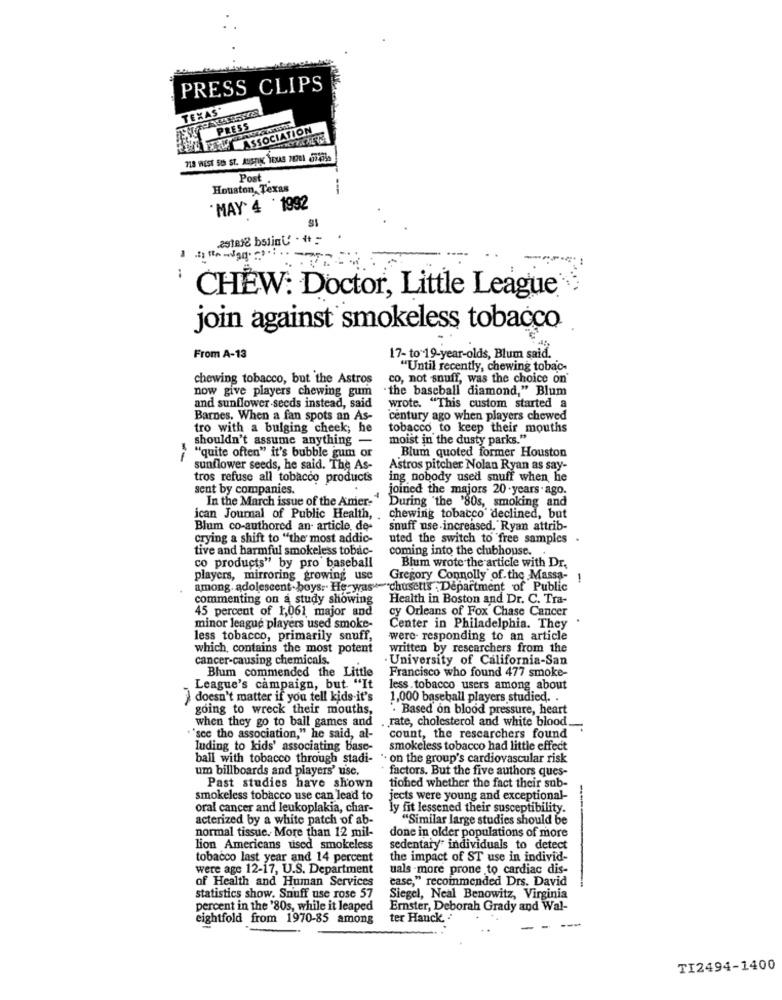
PRESS CLIPS
TEXAS
PRESS
ASSOCIATION
Post .
Houston, Texas
--
"MAY' 4 '1992
29tele bstin ' . it =
CHEW: Doctor, Little League'
join against smokeless tobacco
From A-13
17- to 19-year-olds, Blum said.
"Until recently, chewing tobac-
chewing tobacco, but the Astros
co, not snuff, was the choice on
now give players chewing gum
" the baseball diamond," Blum
and sunflower seeds instead, said
wrote. "This custom started a
Barnes, When a fan spots an As-
century ago when players chewed
tro with a bulging cheek; he
tobacco to keep their mouths
shouldn't assume anything -
moist in the dusty parks."
Blum quoted former Houston
"quite often" it's bubble gum or
sunflower seeds, he said. The As-
Astros pitcher Nolan Ryan as say-
tros refuse all tobacco products
ing nobody used snuff when he
sent by companies.
joined the majors 20 .years ago.
In the March issue of the Amer-
During "the '80s, smoking and
ican Journal of Public Health,
chewing tobacco declined, but
Blum co-authored an- article, de-
snuff use increased. Ryan attrib-
crying a shift to "the most addic-
uted the switch to free samples .
tive and harmful smokeless tobac-
coming into the clubhouse.
co products" by pro baseball
Blum wrote the article with Dr.
players, mirroring growing use
Gregory Connolly of.the Massa-
1
among. adolescent . boys. He was ="chusetts . Department of Public
commenting on a study showing
Health in Boston and Dr. C. Tra-
45 percent of 1,061 major and
cy Orleans of Fox Chase Cancer
minor league players used smoke-
Center in Philadelphia. They
less tobacco, primarily snuff,
were- responding to an article
which contains the most potent
written by researchers from the
cancer-causing chemicals.
· University of California-San
Blum commended the Little
Francisco who found 477 smoke-
League's campaign, but. "It
less . tobacco users among about
doesn't matter if you tell kids-it's
1,000 baseball players studied. .
going to wreck their mouths,
" Based on blood pressure, heart
when they go to ball games and
. rate, cholesterol and white blood.
=
""see the association," he said, al-
count, the researchers found
luding to kids' associating base-
smokeless tobacco had little effect
ball with tobacco through stadi- " on the group's cardiovascular risk
um billboards and players' use,
factors. But the five authors ques-
tiohed whether the fact their sub-
Past studies have shown
smokeless tobacco use can lead to
jects were young and exceptional-
oral cancer and leukoplakia, char-
ly fit lessened their susceptibility.
acterized by a white patch of ab-
"Similar large studies should be
normal tissue. More than 12 mil-
done in older populations of more
lion Americans used smokeless
sedentary" individuals to detect
tobacco last year and 14 percent
the impact of ST use in individ-
were age 12-17, U.S. Department
uals -more prone to cardiac dis-
of Health and Human Services
case," recommended Drs. David
statistics show. Snuff use rose 57
Siegel, Neal Benowitz, Virginia
percent in the '80s, while it leaped
Ernster, Deborah Grady and Wal-
eightfold from 1970-85 among
ter Hauck. .
---
TI2494-1400